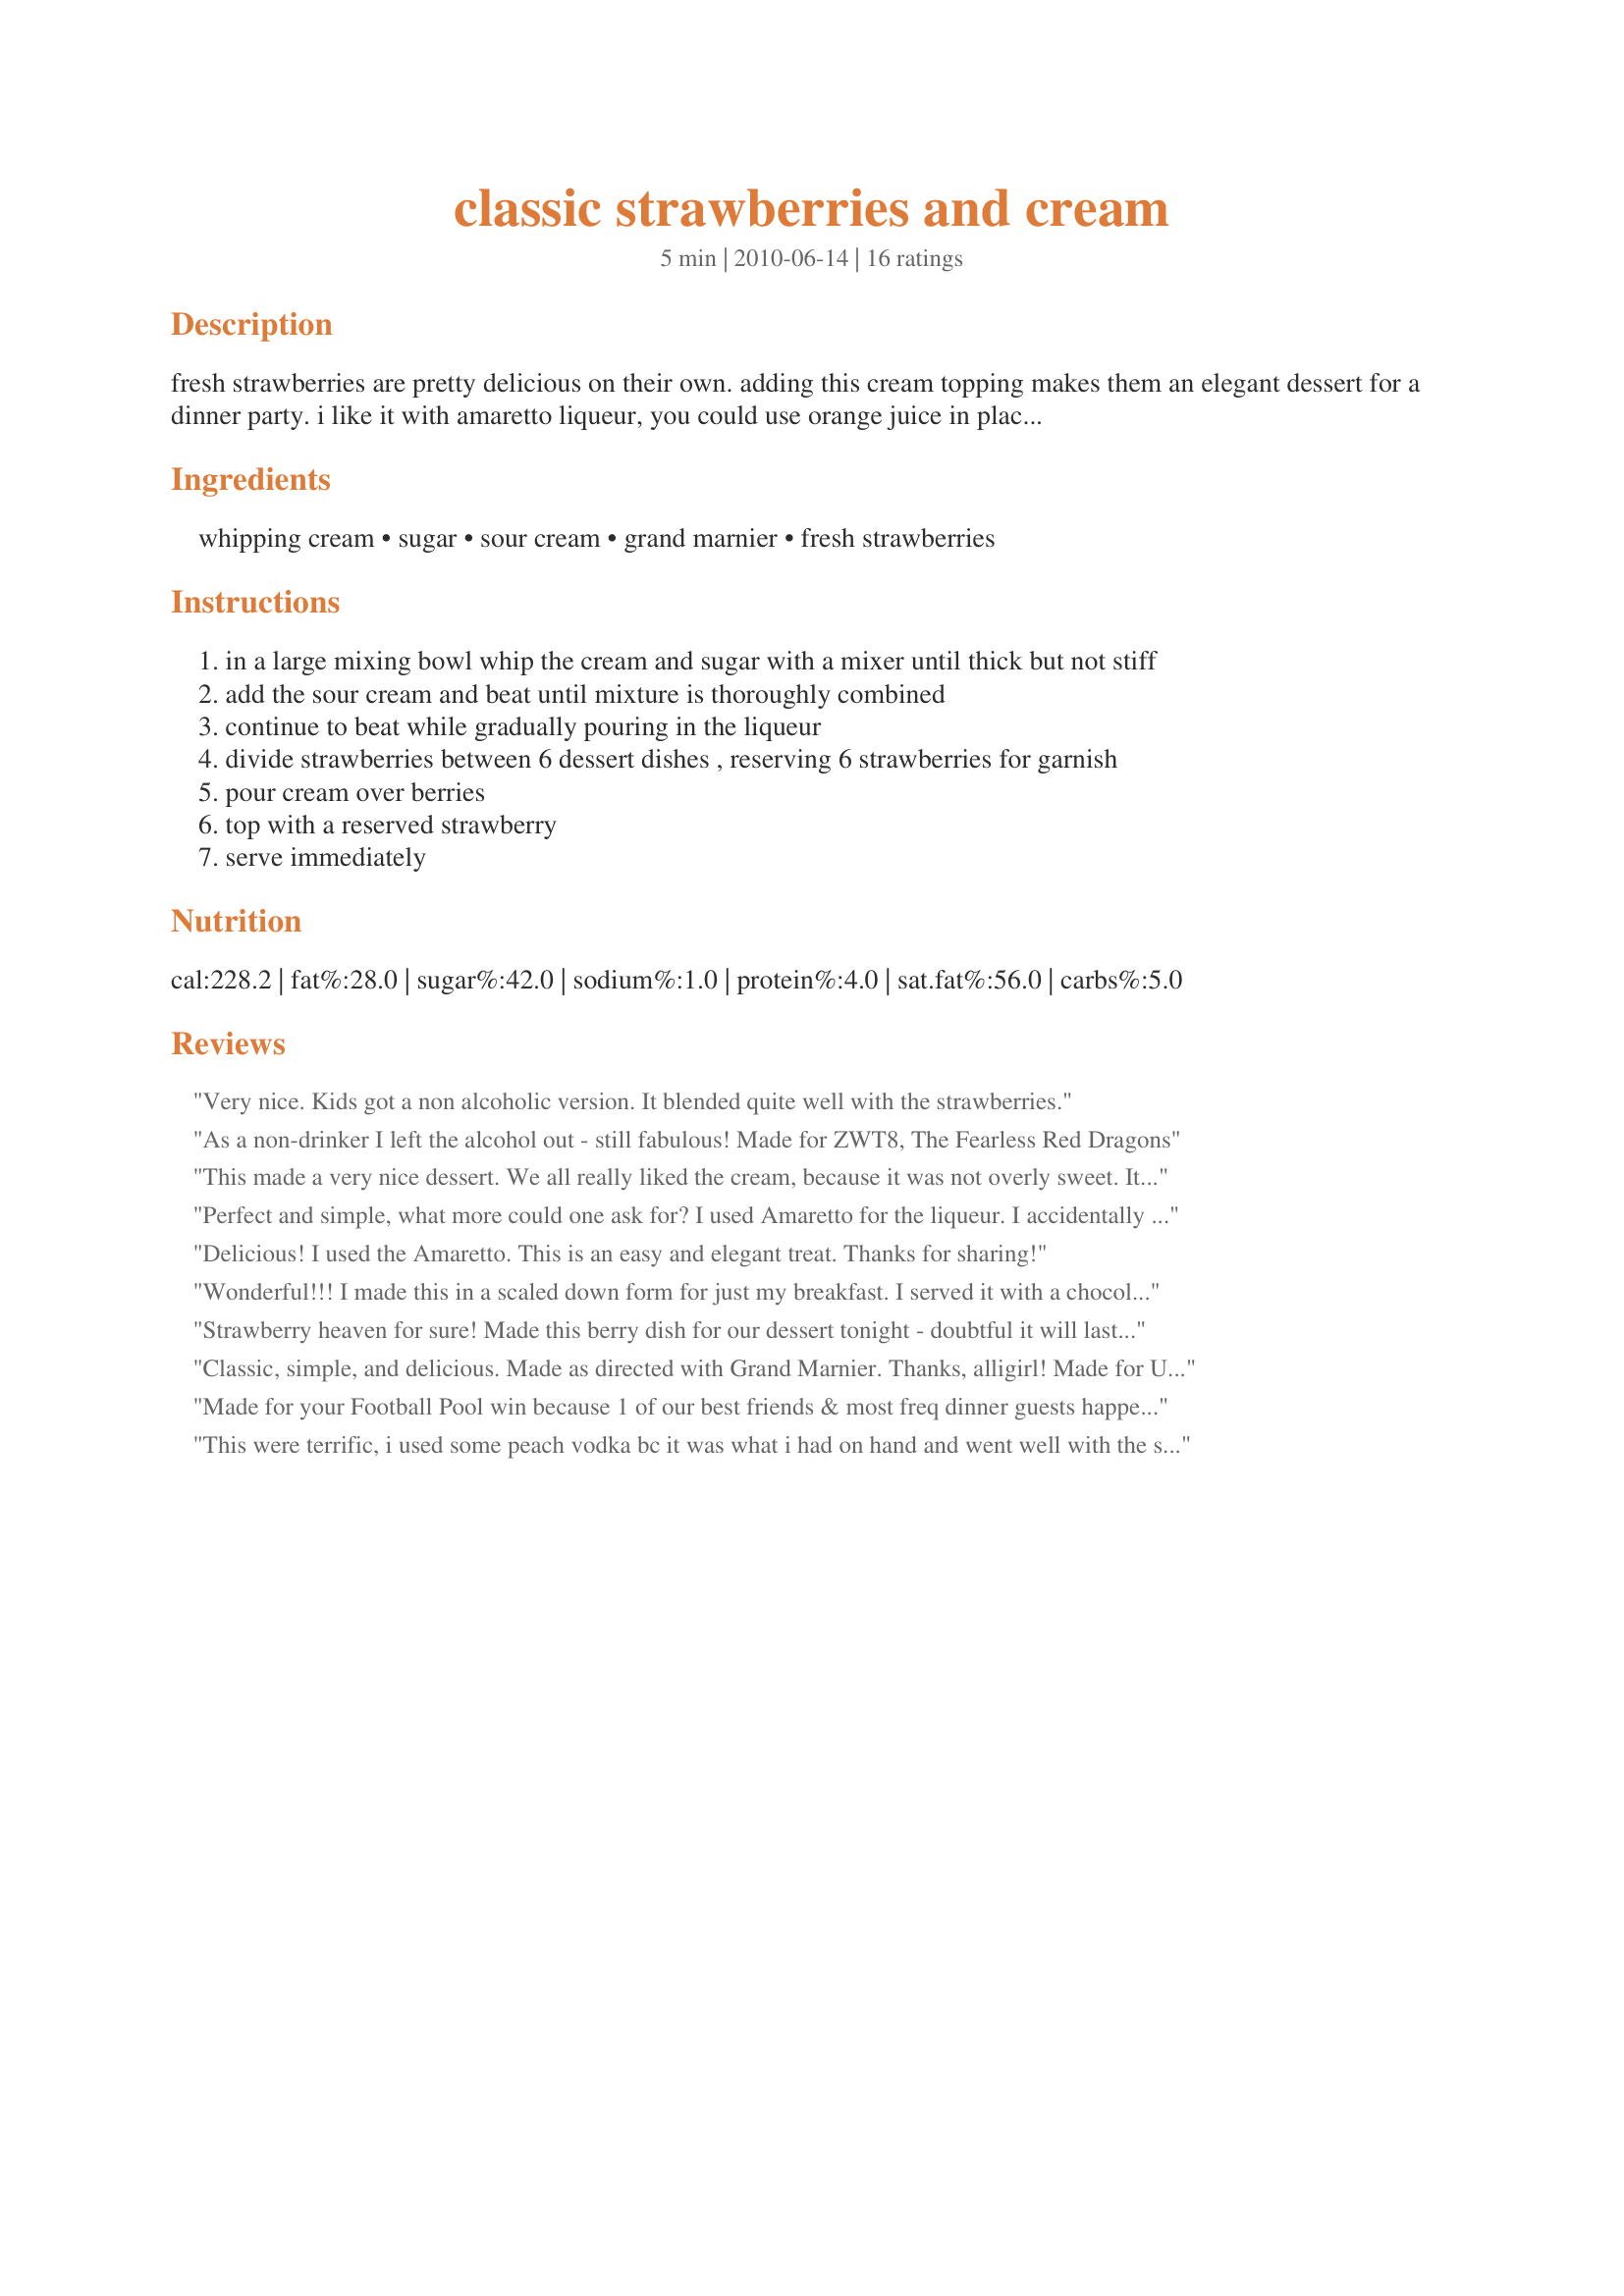
classic strawberries and cream
Preparation time: 5 minutes

fresh strawberries are pretty delicious on their own. adding this cream topping makes them an elegant dessert for a dinner party. i like it with amaretto liqueur, you could use orange juice in place of liqueur if you prefer. perfect for brunch or a lovely summer dessert and easy enough for everyday. fresh strawberries are a must! taken from donogh.com by bob sassone and posted for zwt.

Ingredients:
whipping cream, sugar, sour cream, grand marnier, fresh strawberries

Steps:
in a large mixing bowl whip the cream and sugar with a mixer until thick but not stiff
add the sour cream and beat until mixture is thoroughly combined
continue to beat while gradually pouring in the liqueur
divide strawberries between 6 dessert dishes , reserving 6 strawberries for garnish
pour cream over berries
top with a reserved strawberry
serve immediately

Reviews:
Very nice. Kids got a non alcoholic version. It blended quite well with the strawberries.
As a non-drinker I left the alcohol out - still fabulous! Made for ZWT8, The Fearless Red Dragons
This made a very nice dessert. We all really liked the cream, because it was not overly sweet. It blended so well with the strawberries. I can't wait to make this again using homegrown strawberries. Thanks for sharing. Made and reviewed for Spring 2011 Pac.
Perfect and simple, what more could one ask for? I used Amaretto for the liqueur. I accidentally added the sour cream from the get-go, but everything whipped up just fine in the end. The flavored cream complements the berries beautifully. Thanks for posting! Made for The Honeys for ZWT8
Delicious! I used the Amaretto. This is an easy and elegant treat. Thanks for sharing!
Wonderful!!! I made this in a scaled down form for just my breakfast. I served it with a chocolate chip biscuit and so enjoyed this combination!!! Since I was having this for breakfast, I opted for the orange juice in the cream. It isn't overly sweet cream but with the sweet strawberries it was nicely sweetened. Made for your win in the Tic Tac Toe Event in the Cooking Tag Games.
Strawberry heaven for sure! Made this berry dish for our dessert tonight - doubtful it will last that long though! Of course, I did sample it as is the right of every Chef!!! I used Kahlua vs. Amaretto and it was really delicious! Made for Everyday is a Holiday, May, 2012.
Classic, simple, and delicious. Made as directed with Grand Marnier. Thanks, alligirl! Made for Unrulies Under the Influence, ZWT6.
Made for your Football Pool win because 1 of our best friends & most freq dinner guests happens to be esp fond of both strawberries & Grand Marnier. She gushed w/appreciation when I served this recipe for dessert accompanied by thin choc mints. Iceland in Jan is not a good time for fresh strawberries, so I used the frozen variety. Thx for sharing this recipe w/us & Congrats on you FP win.
This were terrific, i used some peach vodka bc it was what i had on hand and went well with the strawberries.
Sister Mary Christmas...perhaps another dollop?!? Made for ZWT #6.
Can't get much better! I used the Grand Marnier. Love those fresh strawberries! Thanks, Alli.
Made for ZWT 6.
Delicious! A wonderful classic! Made not only a great dessert to last night dinner but also nice way to say goodbye to our fresh strawberry season. Thanks so much for the post.
A lovely simple strawberry dessert. The Grand Marnier cream was perfect. Reviewed for ZWT8.
Ahhh yummy refreshing summer dessert! dh didn't like the almond flavor...said it was overpowering. i thought it was fantastic. so did the child who loves strawberries. THE PICKY ONE passed on dessert altogether. thank you! made for zwt6.
We really enjoyed this light and refreshing dessert. I used orange juice in place of the liquers because of my dh, he doesn't drink and I felt he would enjoy it better this way. I was right he did. It was delicious. We enjoyed it so much that I have made it twice already. Thanks for sharing this super easy recipe that I will make often. Made for the Fearless Red Dragons - ZWT8 - Great Britian
